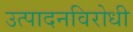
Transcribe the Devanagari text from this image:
उत्पादनविरोधी